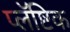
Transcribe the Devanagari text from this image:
प्लॅष्टिक